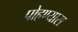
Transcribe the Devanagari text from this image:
पोहण्यास